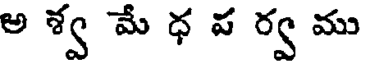
అ శ్వ మే ధ ప ర్వ ము